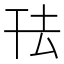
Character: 𭘿